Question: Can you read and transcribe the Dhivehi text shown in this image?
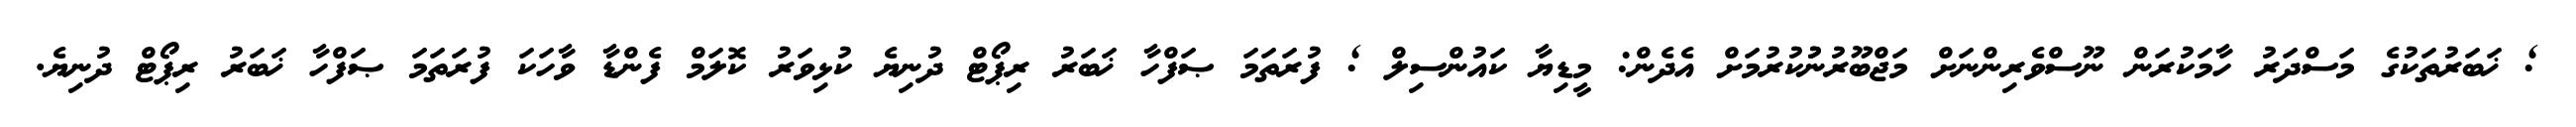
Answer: ; ޚަބަރުތަކުގެ މަސްދަރު ހާމަކުރަން ނޫސްވެރިންނަށް މަޖްބޫރުނުުކުރުމަށް އެދެން: މީޑިޔާ ކައުންސިލް ; ފުރަތަމަ ޞަފްހާ ޚަބަރު ރިޕޯޓް ދުނިޔެ ކުޅިވަރު ކޮލަމް ފެންޑާ ވާހަކަ ފުރަތަމަ ޞަފްހާ ޚަބަރު ރިޕޯޓް ދުނިޔެ.